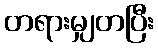
တရားမျှတပြီး